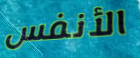
الأنفس